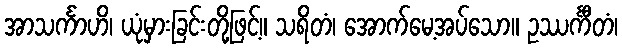
အာသင်္ကာဟိ၊ ယုံမှားခြင်းတို့ဖြင့်။ သရိတံ၊ အောက်မေ့အပ်သော။ ဥဿင်္ကီတံ၊